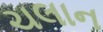
ચલાન